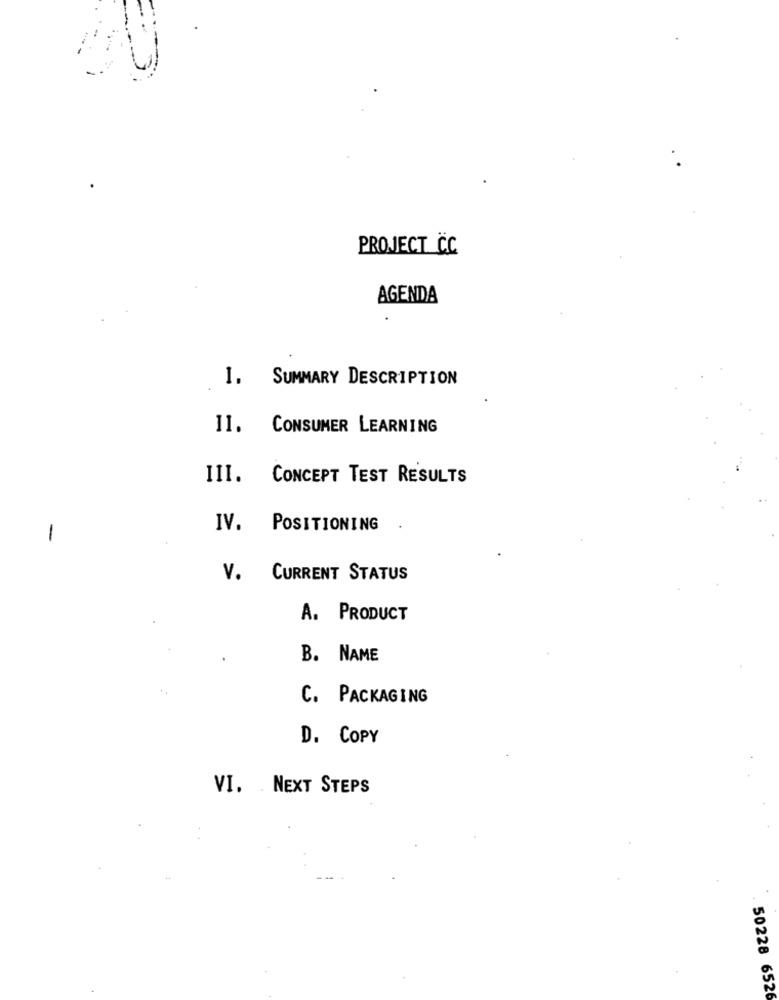
PROJECT CC
AGENDA
I. SUMMARY DESCRIPTION
11.
CONSUMER LEARNING
III. CONCEPT TEST RESULTS
IV.
POSITIONING
-
v.
CURRENT STATUS
A. PRODUCT
B. NAME
C. PACKAGING
D. COPY
VI. . NEXT STEPS
50228 6526